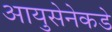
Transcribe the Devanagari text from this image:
आयुसेनेकडे